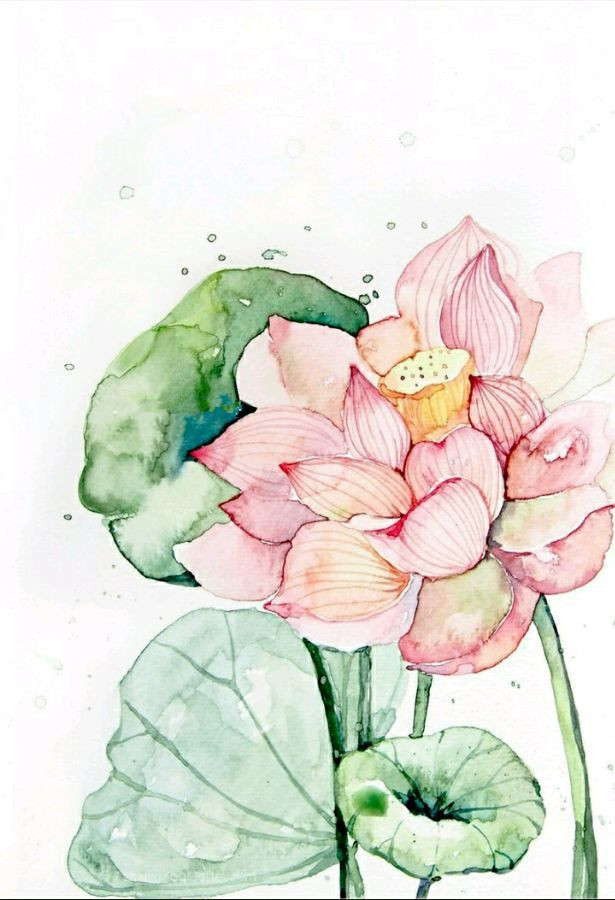
叶上初阳干宿雨水面清圆，一一风荷举。